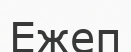
Ежеп